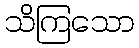
သိကြသော